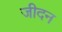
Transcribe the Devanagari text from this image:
जीदन